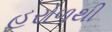
હરોળથી